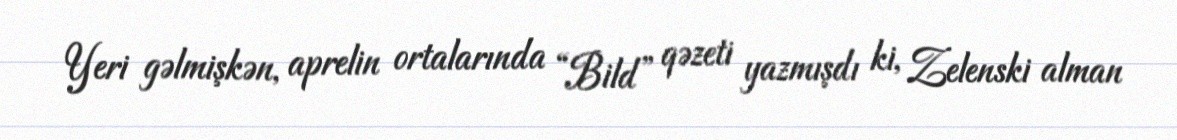
Yeri gəlmişkən, aprelin ortalarında “Bild” qəzeti yazmışdı ki, Zelenski alman